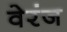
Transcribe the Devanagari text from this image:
वेरंज